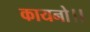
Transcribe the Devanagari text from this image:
कायनो।।